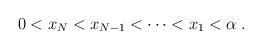
LaTeX: \begin{align*} 0<x_N<x_{N-1}<\dots<x_1<\alpha\;.\end{align*}